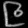
Digit: ၉